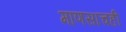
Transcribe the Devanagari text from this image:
माणसाचही